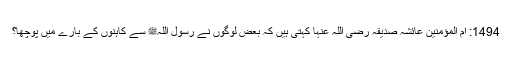
1494: اُمّ المؤمنین عائشہ صدیقہ رضی اللہ عنہا کہتی ہیں کہ بعض لوگوں نے رسول اللہﷺ سے کاہنوں کے بارے میں پوچھا؟